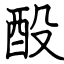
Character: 酘